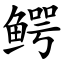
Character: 鳄